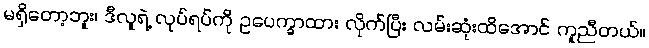
မရှိတော့ဘူး၊ ဒီလူရဲ့ လုပ်ရပ်ကို ဥပေက္ခာထား လိုက်ပြီး လမ်းဆုံးထိအောင် ကူညီတယ်။